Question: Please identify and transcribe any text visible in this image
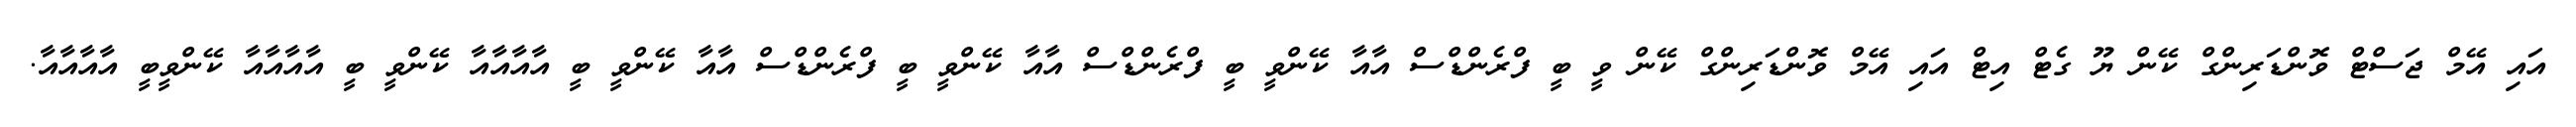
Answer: އައި އޭމް ޖަސްޓް ވޮންޑަރިންގް ކޭން ޔޫ ގެޓް އިޓް އައި އޭމް ވޮންޑަރިންގް ކޭން ވީ ބީ ފްރެންޑްސް އާއާ ކޭންވީ ބީ ފްރެންޑްސް އާއާ ކޭންވީ ބީ ފްރެންޑްސް އާއާ ކޭންވީ ބީ އާއާއާއާ ކޭންވީ ބީ އާއާއާއާ ކޭންވީބީ އާއާއާއާ.